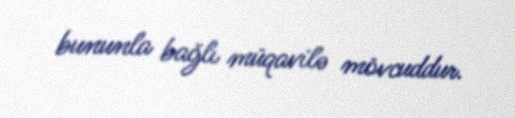
bununla bağlı müqavilə mövcuddur.